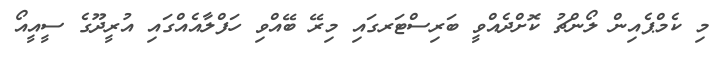
މި ކެމްޕެއިން ލޯންޗު ކޮށްދެއްވީ ބަރިސްޓަރގައި މިރޭ ބޭއްވި ހަފްލާއެއްގައި އުރީދޫގެ ސީއީއޯ